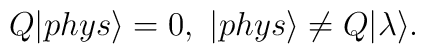
Q|phys\rangle =0,~|phys\rangle \ne Q|\lambda\rangle.